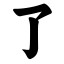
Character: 了